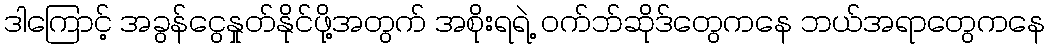
ဒါကြောင့် အခွန်ငွေနှုတ်နိုင်ဖို့အတွက် အစိုးရရဲ့ ဝက်ဘ်ဆိုဒ်တွေကနေ ဘယ်အရာတွေကနေ